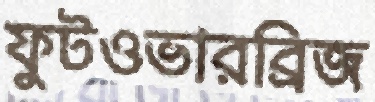
ফুটওভারব্রিজ